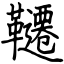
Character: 韆